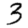
Digit: 3